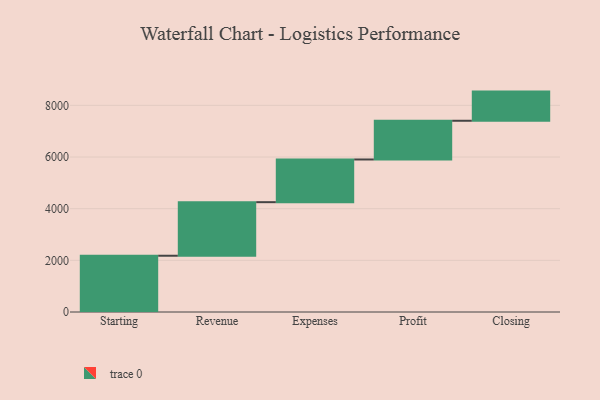
{"axis": {"x": "Step", "y": "Value"}, "legend": [""], "data": [{"x": "Starting", "y": 2178.0, "type": ""}, {"x": "Revenue", "y": 2074.0, "type": ""}, {"x": "Expenses", "y": 1653.0, "type": ""}, {"x": "Profit", "y": 1499.0, "type": ""}, {"x": "Closing", "y": 1129.0, "type": ""}]}